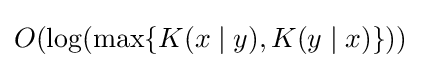
O(\log(\max\{K(x\mid y),K(y\mid x)\}))